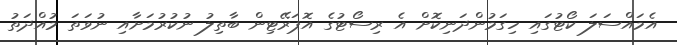
އެމައްސަލަ ކޯޓުގައި ހިގަމުންދަނިކޮށް އެ ރިސޯޓުގެ އޮޕަރޭޓިން ބާތިލު ނުކުރުމަށާއި ނުވަތަ މުއްދަތު